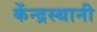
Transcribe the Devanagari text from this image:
केंन्द्रस्थानी